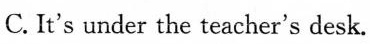
C. It's under the teacher's desk.